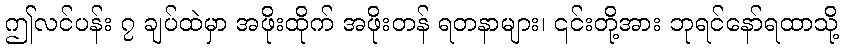
ဤလင်ပန်း ၇ ချပ်ထဲမှာ အဖိုးထိုက် အဖိုးတန် ရတနာများ၊ ၎င်းတို့အား ဘုရင်နော်ရထာသို့